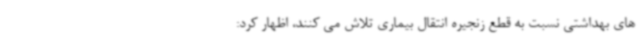
های بهداشتی نسبت به قطع زنجیره انتقال بیماری تلاش می کنند، اظهار کرد: